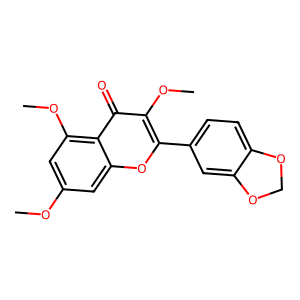
SMILES: COc1cc(OC)c2c(=O)c(OC)c(-c3ccc4c(c3)OCO4)oc2c1
Inhibits HIV replication: No